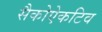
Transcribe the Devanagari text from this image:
सैकोऐकटिव